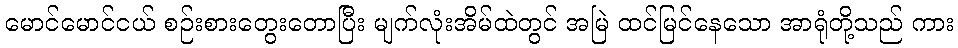
မောင်မောင်ငယ် စဉ်းစားတွေးတောပြီး မျက်လုံးအိမ်ထဲတွင် အမြဲ ထင်မြင်နေသော အာရုံတို့သည် ကား